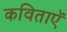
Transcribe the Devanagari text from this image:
कविताऍ